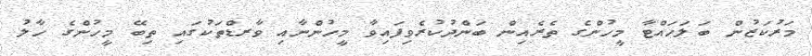
މަރުކަޒުން ބަލަހައްޓާ މީހުންގެ ތެރެއިން ބަންދުކުރެވިފައިވާ މީހުންނާއި ވާރޑްތަކުގައި ތިބޭ މީހުންގެ ހާލު